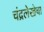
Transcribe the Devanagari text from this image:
चंद्रलेखेचा